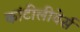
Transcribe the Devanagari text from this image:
कांटीलीवेर्स